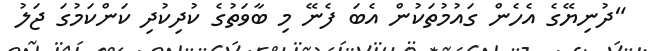
"ދުނިޔޭގެ އެހެން ގައުމުތަކުން އެބަ ފެނޭ މި ބާވަތުގެ ކުދިކުދި ކަންކަމުގަ ޖަލު